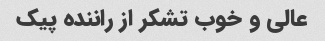
عالی و خوب تشکر از راننده پیک